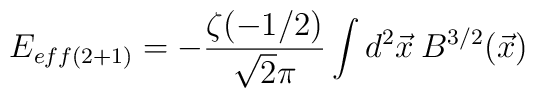
E_{eff(2+1)}=-\frac{\zeta(-1/2)}{\sqrt{2}\pi}\int d^{2}\vec{x}\:B^{3/2}(\vec{x})